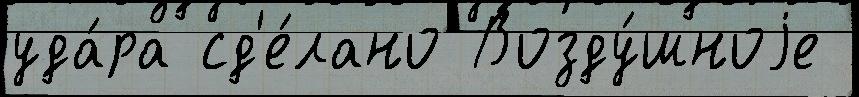
уда́ра сд'е́лано Возду́шноjе